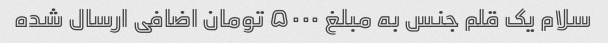
سلام یک قلم جنس به مبلغ ۵۰۰۰ تومان اضافی ارسال شده